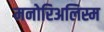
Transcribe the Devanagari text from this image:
मनोरिअलिस्म